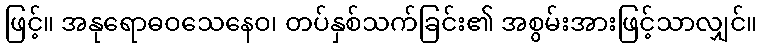
ဖြင့်။ အနုရောဓဝသေနေဝ၊ တပ်နှစ်သက်ခြင်း၏ အစွမ်းအားဖြင့်သာလျှင်။